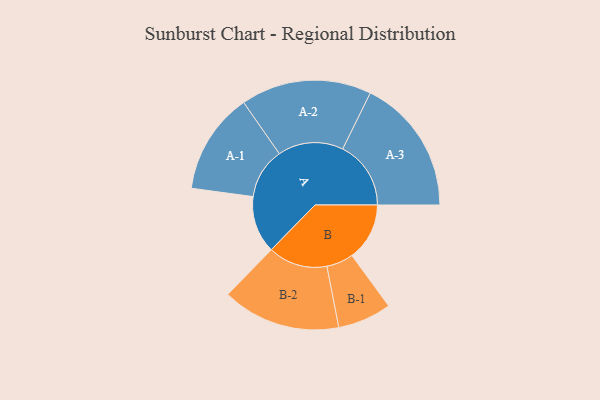
{"axis": {"x": "Segment", "y": "Value"}, "legend": ["", "A", "B"], "data": [{"x": "A", "y": 242, "type": ""}, {"x": "B", "y": 244, "type": ""}, {"x": "A-1", "y": 215, "type": "A"}, {"x": "A-2", "y": 277, "type": "A"}, {"x": "A-3", "y": 289, "type": "A"}, {"x": "B-1", "y": 114, "type": "B"}, {"x": "B-2", "y": 251, "type": "B"}]}